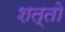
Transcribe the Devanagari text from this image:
शत्तो